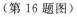
(第16题图)